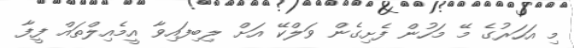
މި އަހަރުގެ މޭ މަހުން ފެށިގެން ވަލްކޭ އަށް ލިބިފައިވާ އީމެއިލްތައް ފީފާ